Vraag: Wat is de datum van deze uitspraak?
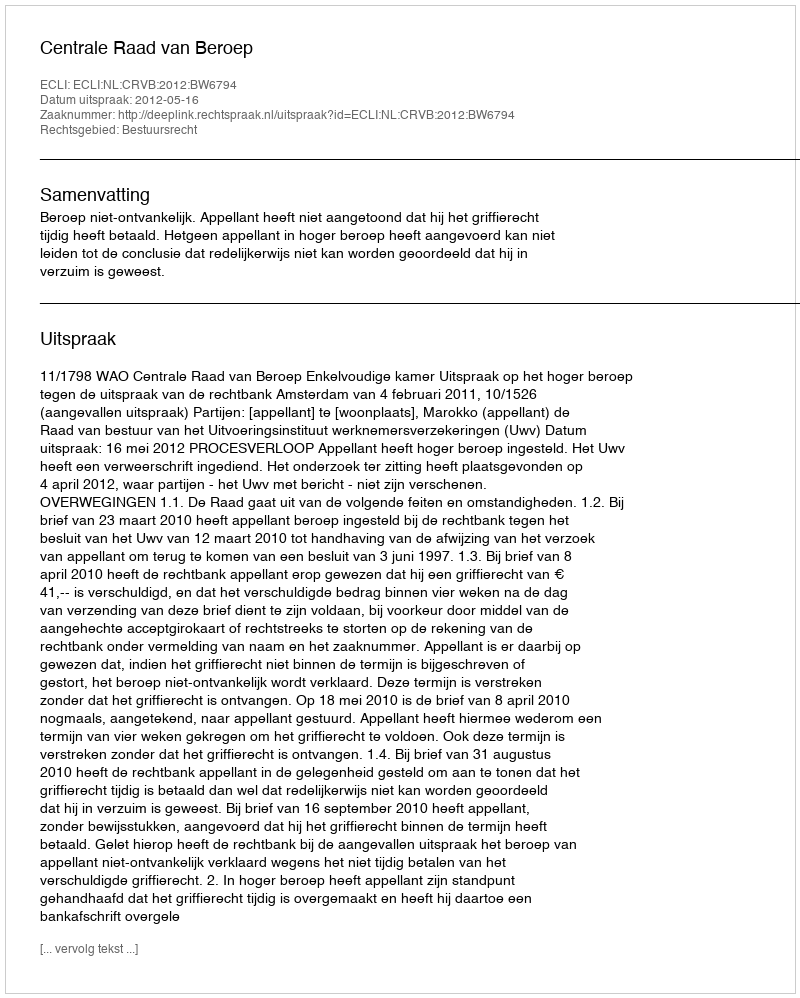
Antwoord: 2012-05-16